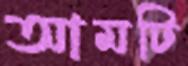
আমটি